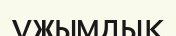
ұжымдык